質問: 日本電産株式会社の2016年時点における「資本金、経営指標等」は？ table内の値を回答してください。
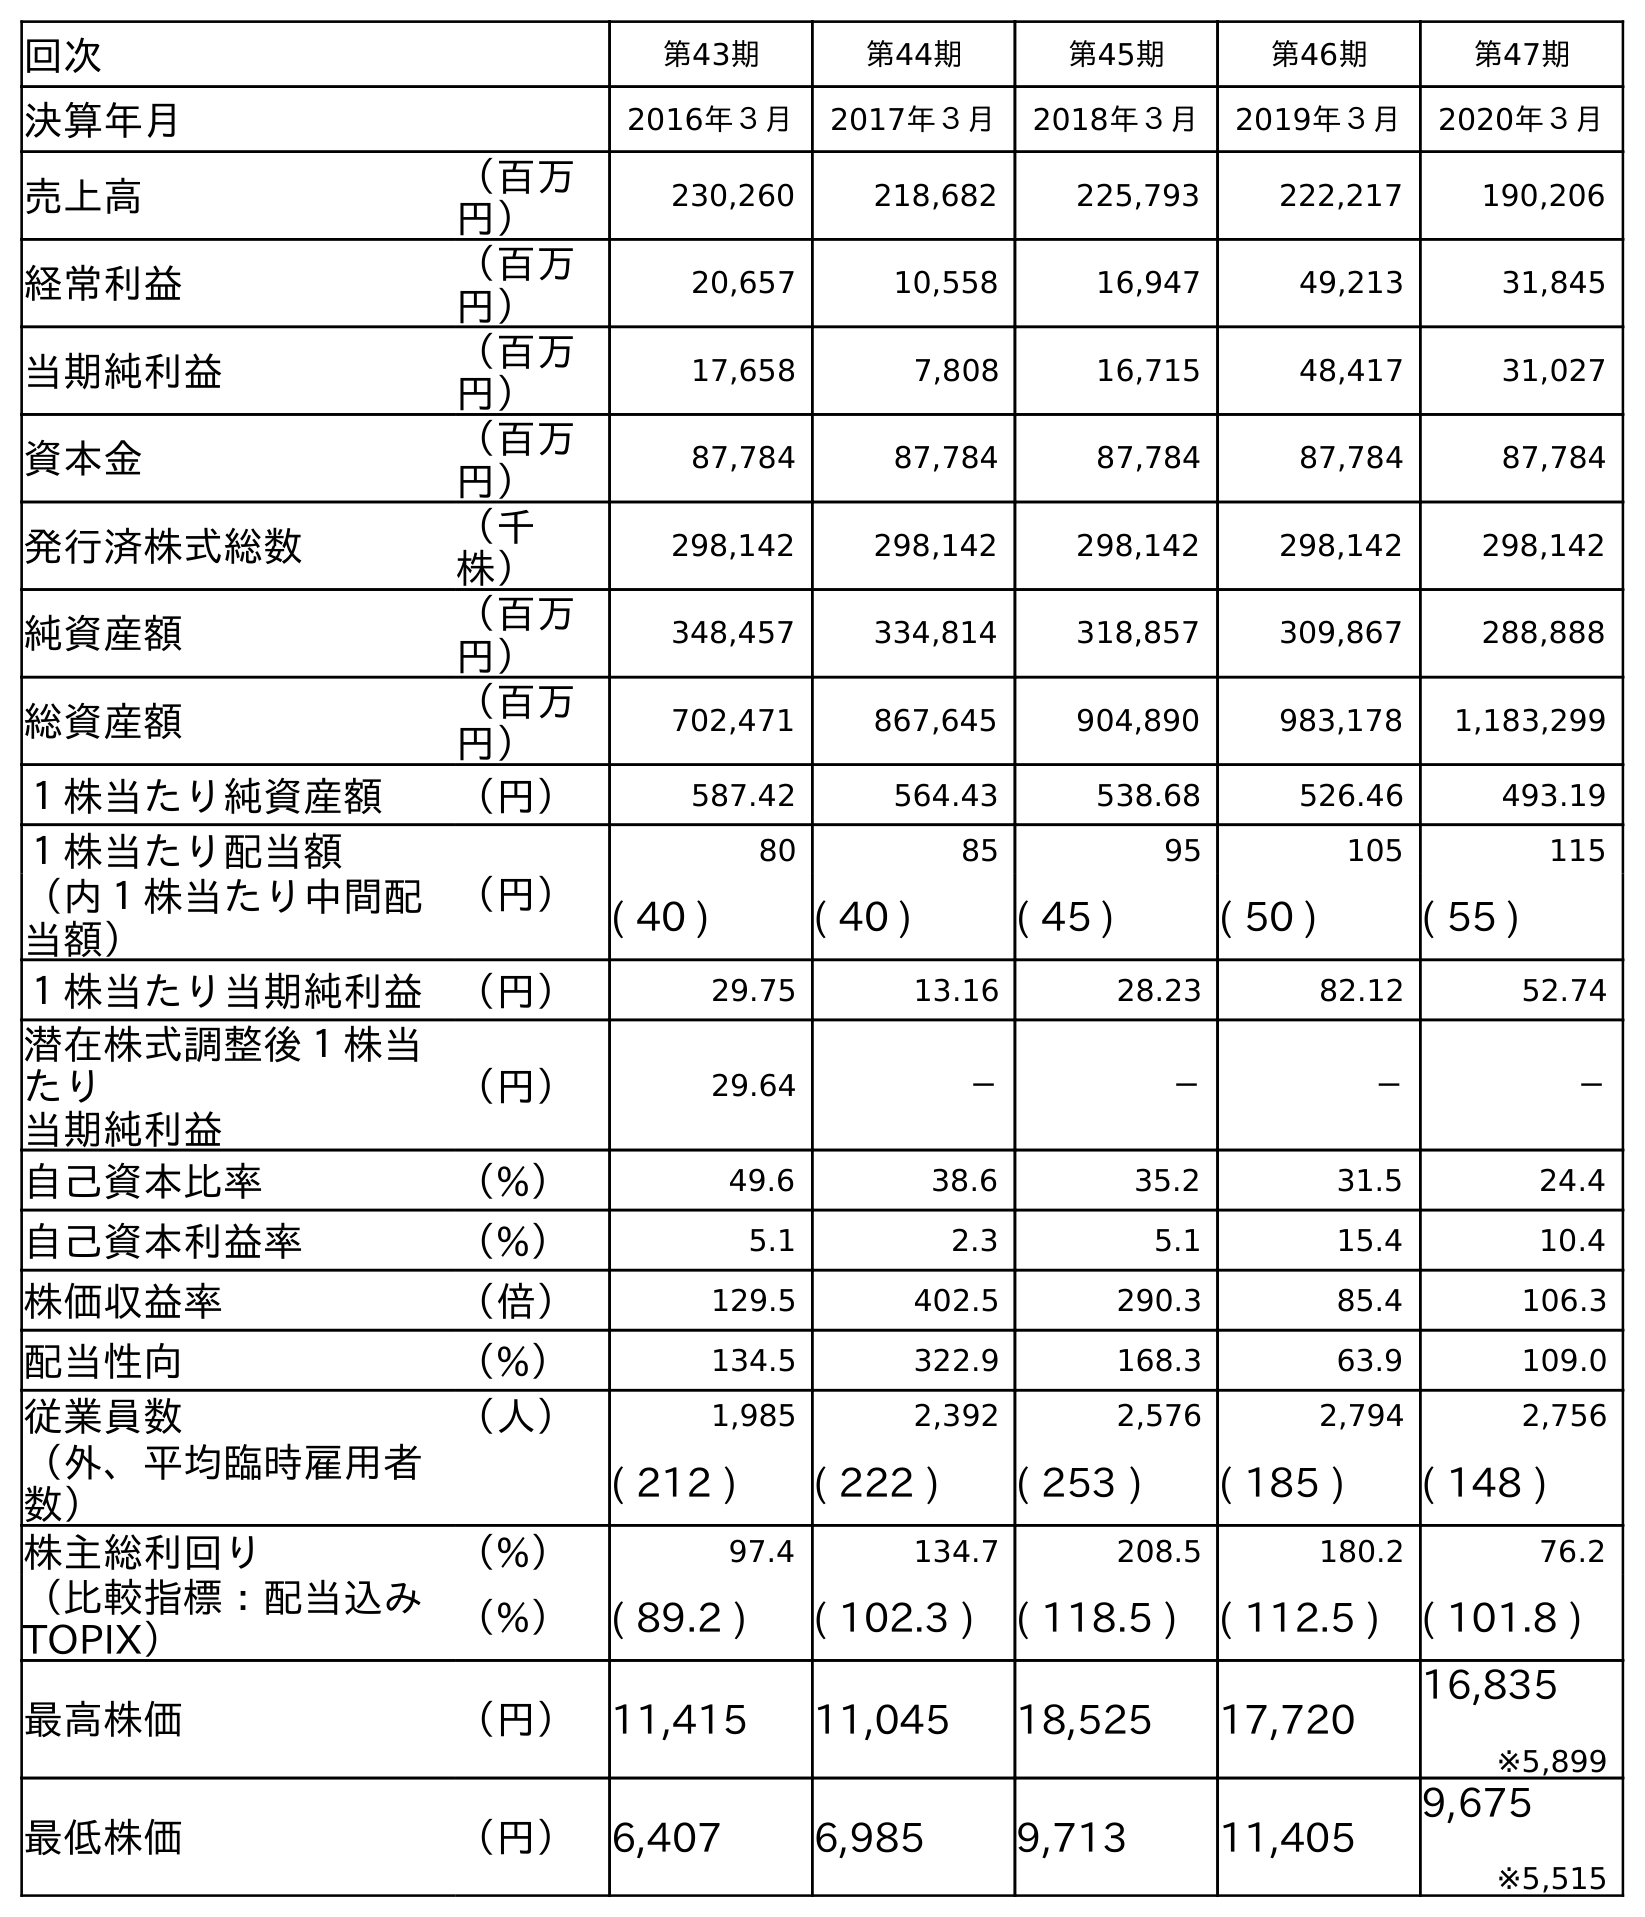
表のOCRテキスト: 回次 第43期 第44期 第45期 第46期 第47期 決算年月 2016年３月 2017年３月 2018年３月 2019年３月 2020年３月 売上高 （百万 円） 230,260 218,682 225,793 222,217 190,206 経常利益 （百万 円） 20,657 10,558 16,947 49,213 31,845 当期純利益 （百万 円） 17,658 7,808 16,715 48,417 31,027 資本金 （百万 円） 87,784 87,784 87,784 87,784 87,784 発行済株式総数 （千 株） 298,142 298,142 298,142 298,142 298,142 純資産額 （百万 円） 348,457 334,814 318,857 309,867 288,888 総資産額 （百万 円） 702,471 867,645 904,890 983,178 1,183,299 １株当たり純資産額 （円） 587.42 564.43 538.68 526.46 493.19 １株当たり配当額 （円） 80 85 95 105 115 （内１株当たり中間配 当額） ( 40 ) ( 40 ) ( 45 ) ( 50 ) ( 55 ) １株当たり当期純利益 （円） 29.75 13.16 28.23 82.12 52.74 潜在株式調整後１株当 たり 当期純利益 （円） 29.64 － － － － 自己資本比率 （%） 49.6 38.6 35.2 31.5 24.4 自己資本利益率 （%） 5.1 2.3 5.1 15.4 10.4 株価収益率 （倍） 129.5 402.5 290.3 85.4 106.3 配当性向 （%） 134.5 322.9 168.3 63.9 109.0 従業員数 （人） 1,985 2,392 2,576 2,794 2,756 （外、平均臨時雇用者 数） ( 212 ) ( 222 ) ( 253 ) ( 185 ) ( 148 ) 株主総利回り （%） 97.4 134.7 208.5 180.2 76.2 （比較指標：配当込み TOPIX） （%） ( 89.2 ) ( 102.3 ) ( 118.5 ) ( 112.5 ) ( 101.8 ) 最高株価 （円） 11,415 11,045 18,525 17,720 16,835 ※5,899 最低株価 （円） 6,407 6,985 9,713 11,405 9,675 ※5,515
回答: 87,784